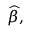
{ \widehat { \beta } } ,